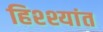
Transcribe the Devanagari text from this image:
हिश्श्यांत